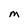
Character: M